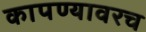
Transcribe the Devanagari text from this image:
कापण्यावरच